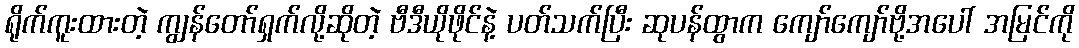
ရိုက်ကူးထားတဲ့ ကျွန်တော်ရှက်လို့ဆိုတဲ့ ဗီဒီယိုဖိုင်နဲ့ ပတ်သက်ပြီး ဆုပန်ထွာက ကျော်ကျော်ဗို့အပေါ် အမြင်ကို